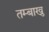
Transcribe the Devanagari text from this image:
तम्बाखु